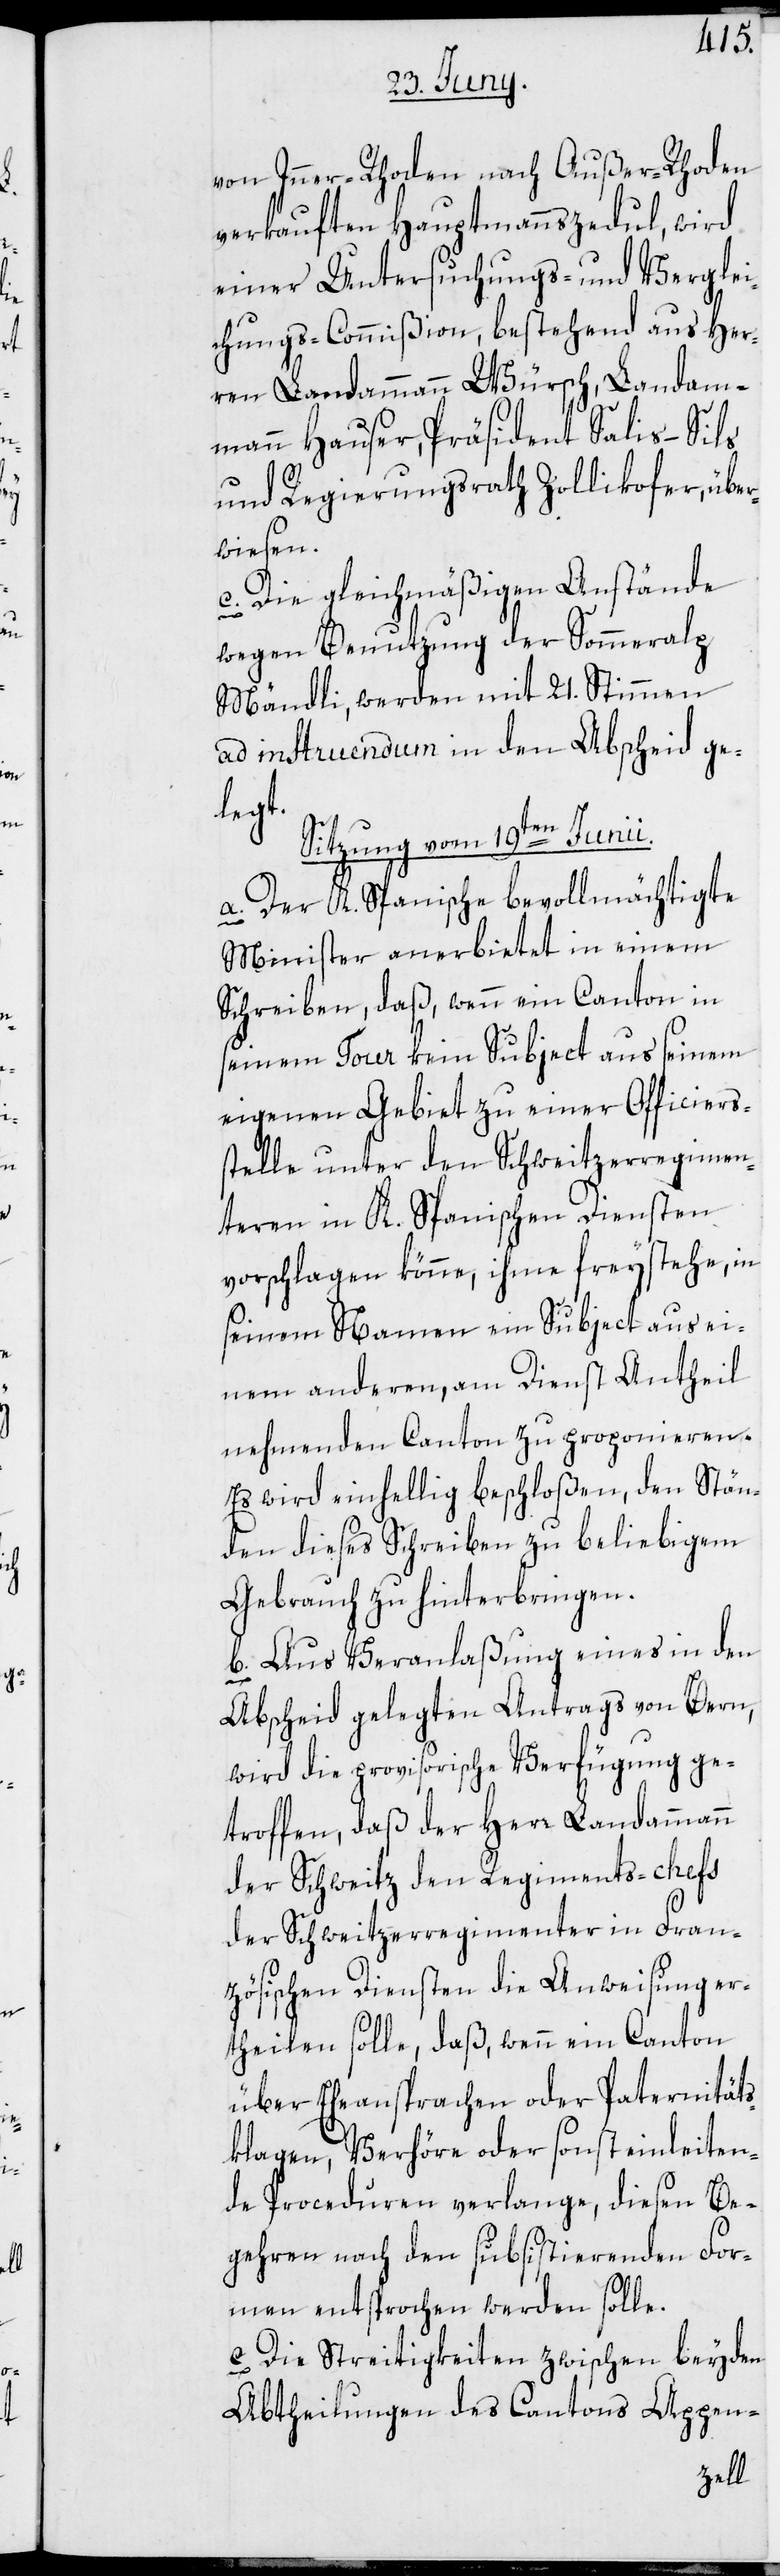
von Inner-Rhoden nach Außer-Rhoden
verkauften Hauptmannszedul, wird
einer Untersuchungs- und Verglei¬
chungs-Commißion, bestehend aus Her¬
ren Landammann Würsch, Landam¬
mann Hauser, Präsident Salis-Sils
und Regierungsrath Zollikofer, über¬
wiesen.
c. Die gleichmäßigen Anstände
wegen Benutzung der Sommeralp
Mändli, werden mit 21. Stimmen
ad instruendum in den Abscheid ge¬
legt.
Sitzung vom 19ten Junii.
a. Der K. Spanische bevollmächtigte
Minister anerbietet in einem
Schreiben, daß, wenn ein Canton in
seinem Tour kein Subject aus seinem
eigenen Gebiet zu einer Officiers¬
stelle unter den Schweitzerregimen¬
teren in K. Spanischen Diensten
vorschlagen könne, ihme freystehe, in
seinem Namen ein Subject aus ei¬
nem anderen, am Dienst Antheil
nehmenden Canton zu proponieren.
Es wird einhellig beschloßen, den Stän¬
den dieses Schreiben zu beliebigem
Gebrauch zu hinterbringen.
b. Aus Veranlaßung eines in den
Abscheid gelegten Antrags von Bern,
wird die provisorische Verfügung ge¬
troffen, daß der Herr Landammann
der Schweitz den Regiments-chefs
der Schweitzerregimenter in Fran¬
zösischen Diensten die Anweisung er¬
theilen solle, daß, wenn ein Canton
über Eheansprachen oder Paternität¬
sklagen, Verhöre oder sonst einleiten¬
de Proceduren verlange, diesen Be¬
gehren nach den subsistierenden For¬
men entsprochen werden solle.
c. Die Streitigkeiten zwischen beyden
Abtheilungen des Cantons Appen-